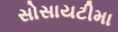
સોસાયટીમા